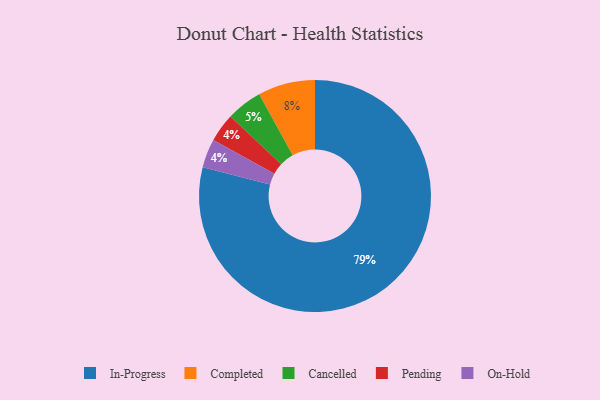
{"axis": {"x": "Category", "y": "Percentage"}, "legend": ["Cancelled", "Completed", "In-Progress", "On-Hold", "Pending"], "data": [{"x": "Cancelled", "y": 5, "type": "Cancelled"}, {"x": "In-Progress", "y": 79, "type": "In-Progress"}, {"x": "Pending", "y": 4, "type": "Pending"}, {"x": "On-Hold", "y": 4, "type": "On-Hold"}, {"x": "Completed", "y": 8, "type": "Completed"}]}